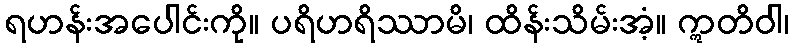
ရဟန်းအပေါင်းကို။ ပရိဟရိဿာမိ၊ ထိန်းသိမ်းအံ့။ ဣတိဝါ၊